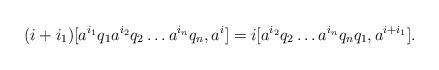
LaTeX: \begin{align*} (i+i_1)[a^{i_1}q_1a^{i_2}q_2\ldots a^{i_n}q_n, a^i]=i[a^{i_2}q_2\ldots a^{i_n}q_nq_1, a^{i+i_1}].\end{align*}